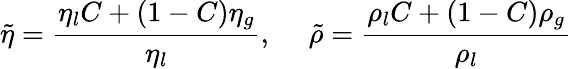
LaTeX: \tilde{\eta}=\frac{\eta_{l}C+(1-C)\eta_{g}}{\eta_{l}},~~~~~\tilde{\rho}=\frac{\rho_{l}C+(1-C)\rho_{g}}{\rho_{l}}